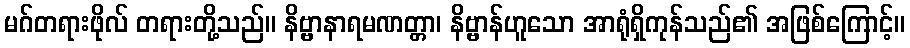
မဂ်တရားဖိုလ် တရားတို့သည်။ နိဗ္ဗာနာရမဏတ္တာ၊ နိဗ္ဗာန်ဟူသော အာရုံရှိကုန်သည်၏ အဖြစ်ကြောင့်။